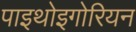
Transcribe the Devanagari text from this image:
पाइथोइगोरियन